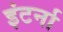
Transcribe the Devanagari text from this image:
इंटर्ना